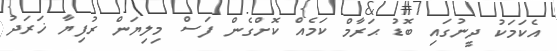
އެކަމަކު ދީނުގައި ބޮޑު ޙަރާމް ކަމެއް ކޮށްގެން ފަސް މިލިޔަން ރުފިޔާ ޚަރަދު